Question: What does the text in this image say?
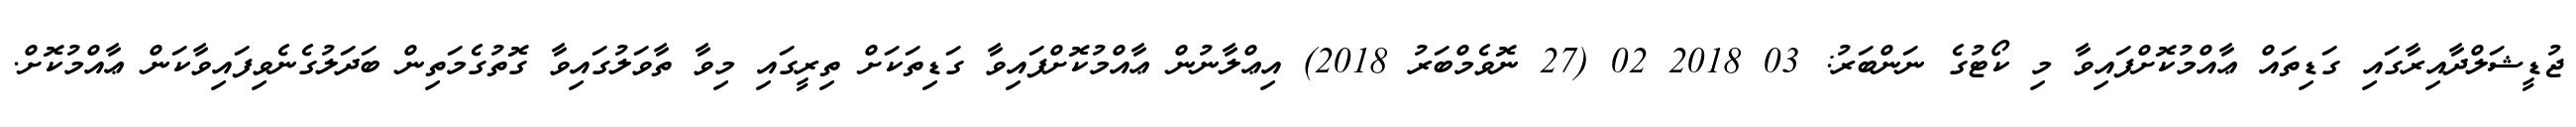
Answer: ޖުޑީޝަލްދާއިރާގައި ގަޑިތައް ޢާއްމުކޮށްފައިވާ މި ކޯޓުގެ ނަންބަރު: 03 2018 02 (27 ނޮވެމްބަރު 2018) އިޢްލާނުން ޢާއްމުކޮށްފައިވާ ގަޑިތަކަށް ތިރީގައި މިވާ ތާވަލުގައިވާ ގޮތުގެމަތިން ބަދަލުގެނެވިފައިވާކަން ޢާއްމުކޮށް.